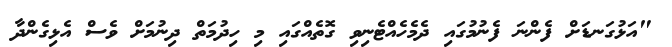
"އަޅުގަނޑަށް ފެންނަ ފެނުމުގައި ދެމެހެއްޓެނިވި ގޮތެއްގައި މި ހިދުމަތް ދިނުމަށް ވެސް އެޅިގެންދާ